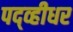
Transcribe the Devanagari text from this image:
पद्व्हीधर